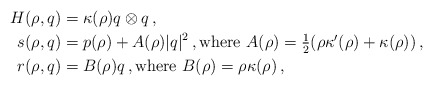
\begin{align*} H(\rho , q) &= \kappa(\rho) q \otimes q\, , \\ s(\rho , q) & = p (\rho) + A(\rho) |q|^2 \, , \mbox{where $A(\rho) = \tfrac{1}{2} (\rho \kappa'(\rho) + \kappa (\rho) )$} \, , \\ r(\rho , q) &= B(\rho) q \, , \mbox{where $B(\rho) = \rho \kappa(\rho) $} \, ,\end{align*}